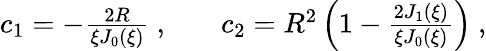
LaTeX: \begin{array}{rlr}{c_{1}=-\frac{2R}{\xi J_{0}(\xi)}~,}&{{}}&{c_{2}=R^{2}\left(1-\frac{2J_{1}(\xi)}{\xi J_{0}(\xi)}\right)~,}\end{array}